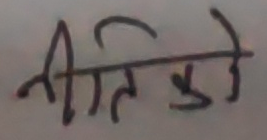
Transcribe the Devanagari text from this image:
नीतिज्ञ